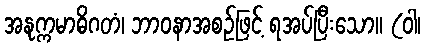
အနုက္ကမာဓိဂတံ၊ ဘာဝနာအစဉ်ဖြင့် ရအပ်ပြီးသော။ (ဝါ၊